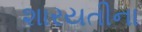
શારયતીના